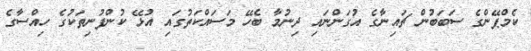
ކެމްޕޭންގެ ސަބަބުން ޗައިނާގެ އުގަންނައި ދިނުމާ ބެހޭ މަސައްކަތުގައި އުޅޭ ކުންފުނިތަކުގެ ހިއްސާގެ